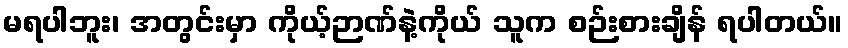
မရပါဘူး၊ အတွင်းမှာ ကိုယ့်ဉာဏ်နဲ့ကိုယ် သူက စဉ်းစားချိန် ရပါတယ်။